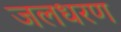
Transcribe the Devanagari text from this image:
जलधरण